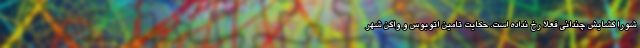
شورا گشایش چندانی فعلا رخ نداده است. حکایت تامین اتوبوس و واگن شهر